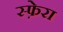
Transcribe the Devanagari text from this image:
स्फ़ेरा